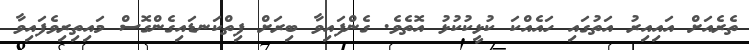
ތެރެއަށް އައިއިރު އަތުގައި ހައެއްކަ ކުޅީކުކުޅު އޮތެވެ. ގެންފައިވާ ބިރަށް ފިތްކަނޑައިގެންގޮސް މައިތިރިވެފައިވާ